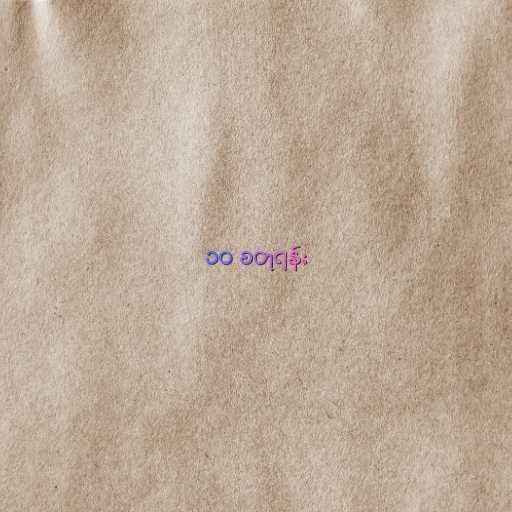
၁၀ စတုရန်း